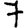
Digit: 7